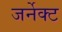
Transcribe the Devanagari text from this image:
जर्नेक्ट